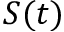
S ( t )